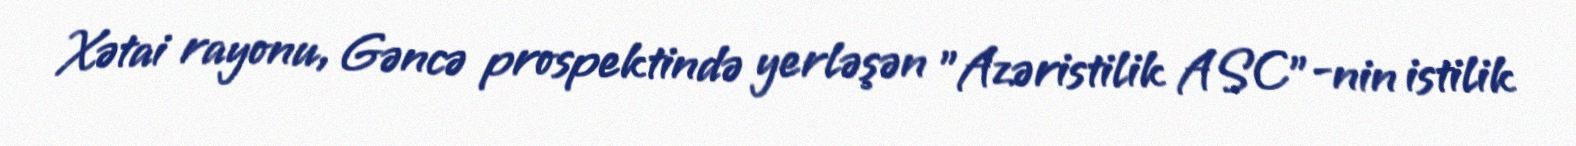
Xətai rayonu, Gəncə prospektində yerləşən "Azəristilik ASC"-nin istilik